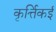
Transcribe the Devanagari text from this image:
कृर्त्तिकई